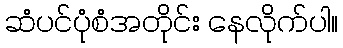
ဆံပင်ပုံစံအတိုင်း နေလိုက်ပါ။